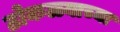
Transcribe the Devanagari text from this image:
ठोकळ्याच्या